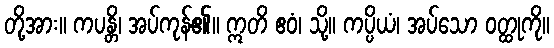
တို့အား။ ကပန္တိ၊ အပ်ကုန်၏။ ဣတိ ဧဝံ၊ သို့။ ကပ္ပိယံ၊ အပ်သော ဝတ္ထုကို။